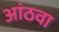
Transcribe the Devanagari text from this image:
आंठवा